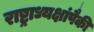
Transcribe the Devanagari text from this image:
राष्ट्राध्यक्षांपैकी